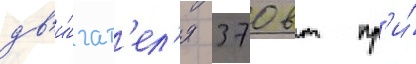
дв'и́гат'ел'я 370 вт пр'и́